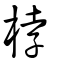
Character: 桲